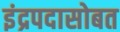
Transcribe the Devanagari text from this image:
इंद्रपदासोबत